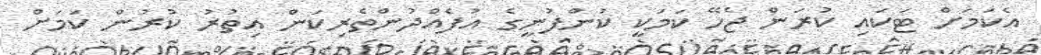
އެކަމަށް ޓަކައި ކުރަން ޖެހޭ ކަމަކީ ކުންފުނީގެ އުފެއްދުންތެރިކަން އިތުރު ކުރުން ކަމަށް